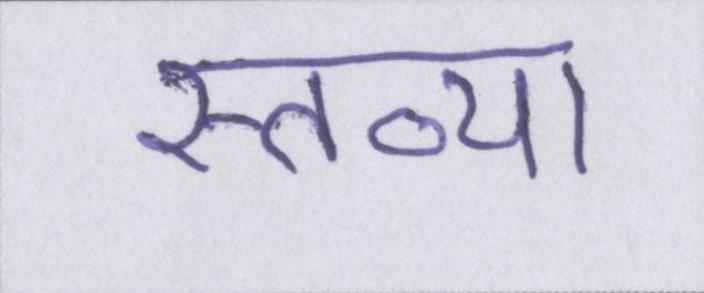
स्तव्या